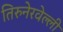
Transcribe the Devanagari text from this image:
तिरुनेरवेल्ली